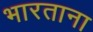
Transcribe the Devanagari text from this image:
भारताना